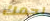
لحمك